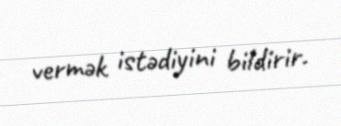
vermək istədiyini bildirir.